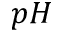
p H